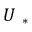
U _ { \mathrm { ~ * ~ } }